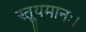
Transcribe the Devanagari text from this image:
स्तूयमानः।